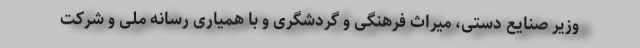
وزیر صنایع دستی، میراث فرهنگی و گردشگری و با همیاری رسانه ملی و شرکت